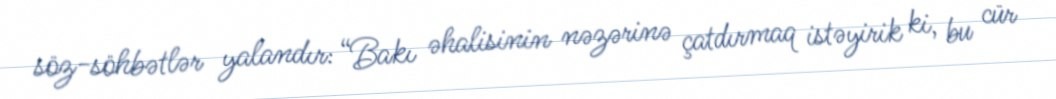
söz-söhbətlər yalandır: “Bakı əhalisinin nəzərinə çatdırmaq istəyirik ki, bu cür